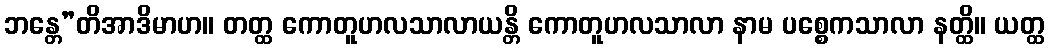
ဘန္တေ”တိအာဒိမာဟ။ တတ္ထ ကောတူဟလသာလာယန္တိ ကောတူဟလသာလာ နာမ ပစ္စေကသာလာ နတ္ထိ။ ယတ္ထ